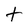
Character: t